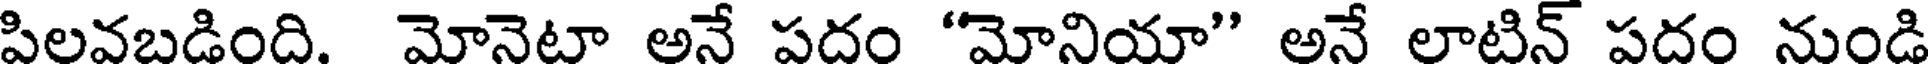
పిలవబడింది. మోనెటా అనే పదం "మోనియా" అనే లాటిన్ పదం నుండి